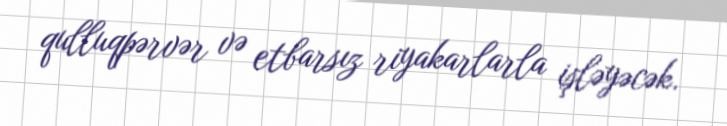
qulluqpərvər və etbarsız riyakarlarla işləyəcək.